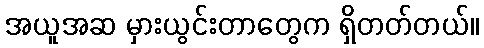
အယူအဆ မှားယွင်းတာတွေက ရှိတတ်တယ်။